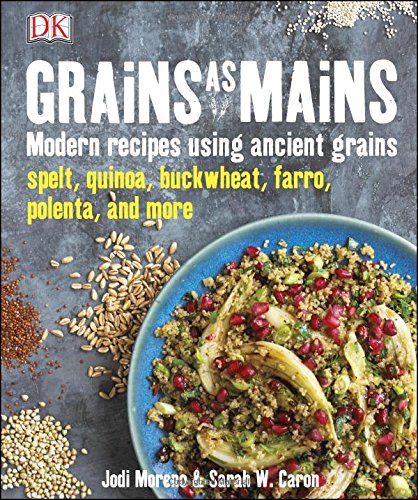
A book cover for Grains as Mains; Jodi Moreno; Cookbooks, Food & Wine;